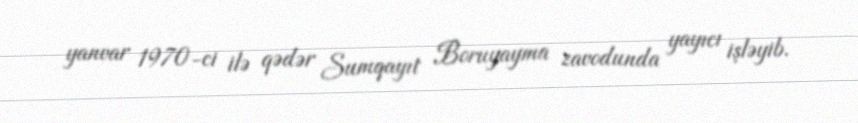
yanvar 1970-ci ilə qədər Sumqayıt Boruyayma zavodunda yayıcı işləyib.